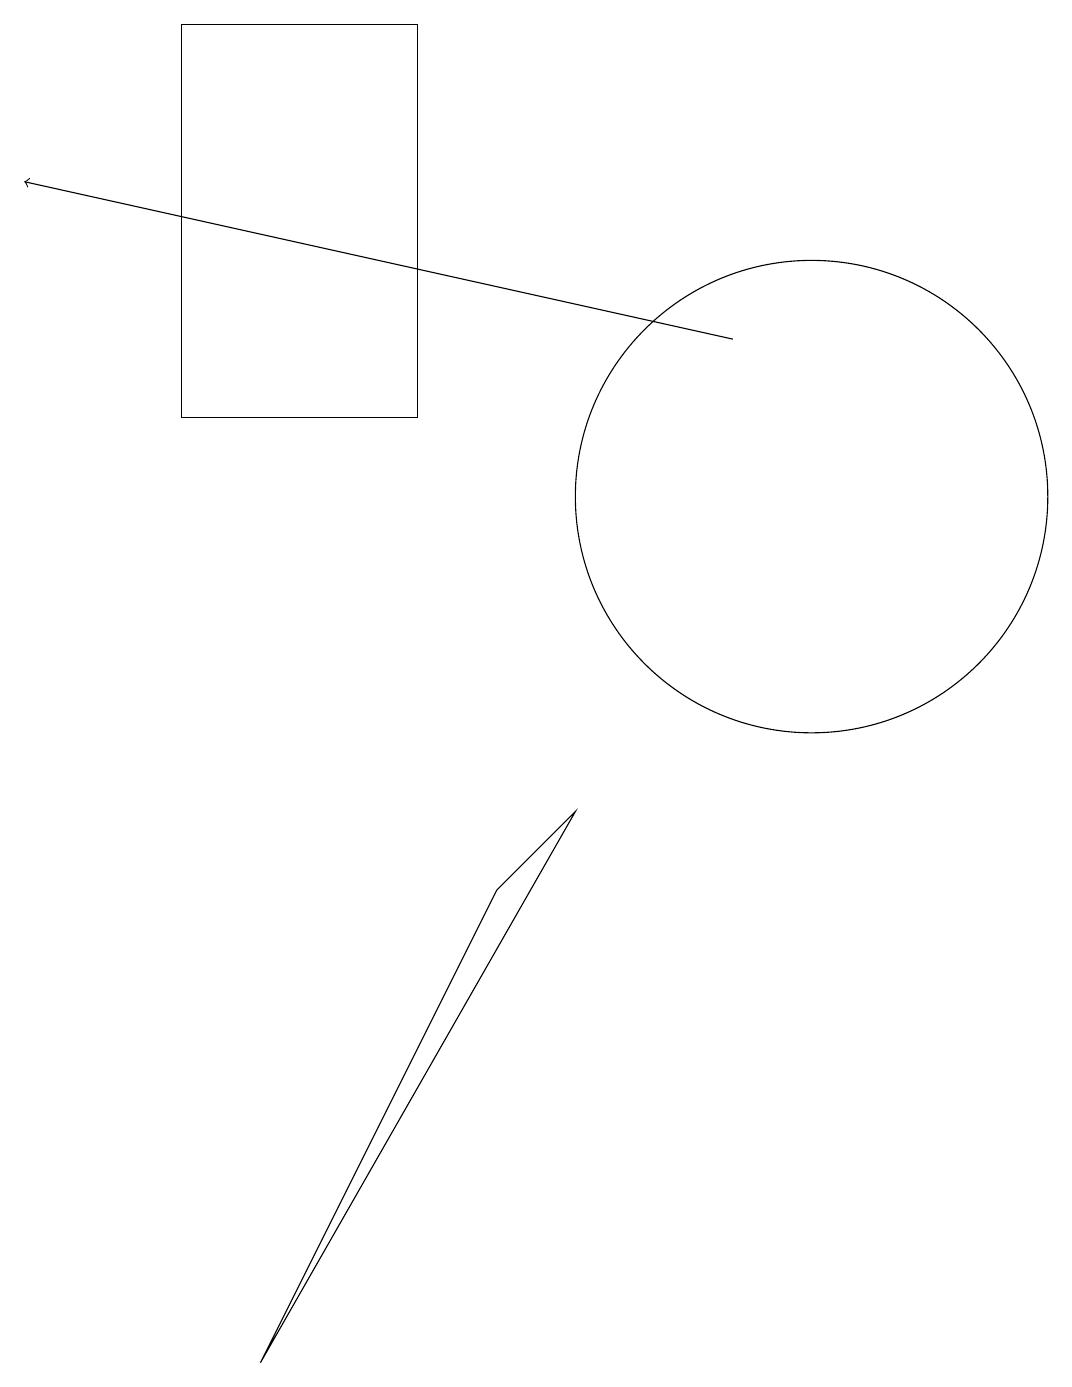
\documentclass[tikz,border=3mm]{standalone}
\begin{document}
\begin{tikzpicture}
\draw (3,0) -- (6,6) -- (7,7) -- cycle;
\draw (2,17) rectangle (5,12);
\draw (11,11) circle (0);
\draw (10,11) circle (3);
\draw[->] (9,13) -- (0,15);
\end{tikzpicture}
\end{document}